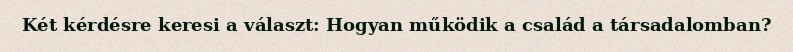
Két kérdésre keresi a választ: Hogyan működik a család a társadalomban?